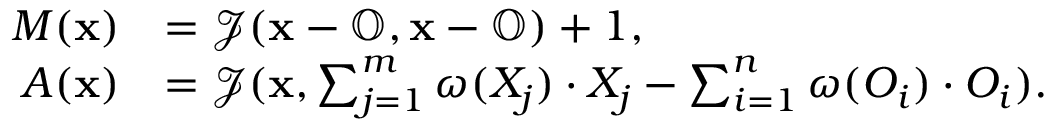
\begin{array} { r l } { M ( \mathbf { x } ) } & { = \mathcal { J } ( \mathbf { x } - \mathbb { O } , \mathbf { x } - \mathbb { O } ) + 1 , } \\ { A ( \mathbf { x } ) } & { = \mathcal { J } ( \mathbf { x } , \sum _ { j = 1 } ^ { m } \omega ( X _ { j } ) \cdot X _ { j } - \sum _ { i = 1 } ^ { n } \omega ( O _ { i } ) \cdot O _ { i } ) . } \end{array}